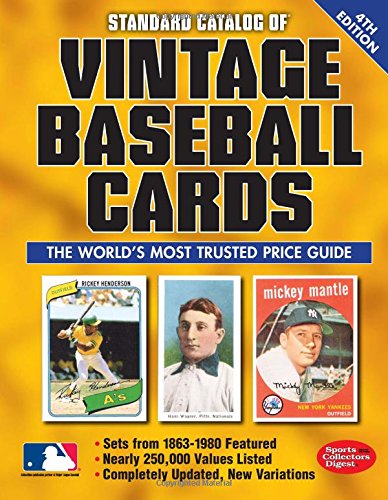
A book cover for Standard Catalog of Vintage Baseball Cards; Crafts, Hobbies & Home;